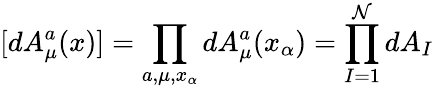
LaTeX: [dA_{\mu}^{a}(x)]={\prod_{a,\mu,x_{\alpha}}dA_{\mu}^{a}(x_{\alpha})={\prod_{I=1}^{\mathcal{N}}dA_{I}}}